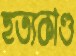
হত্যকাণ্ড